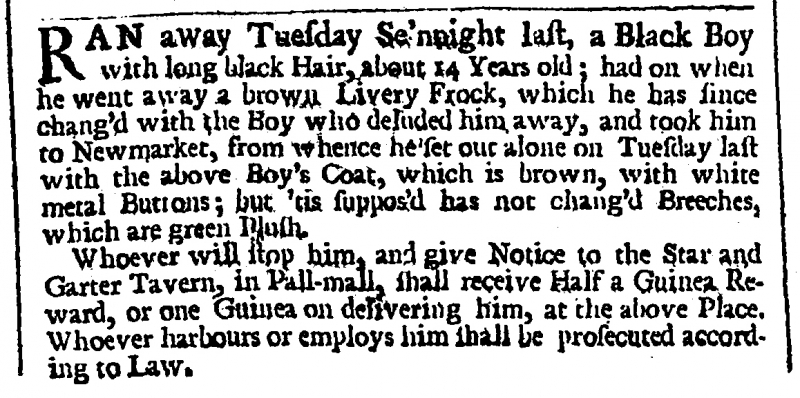
London Evening Post, 18 August 1753 (England)
RAN away on Tuesday Se’nnight last, a Black Boy with long black Hair, about 14 Years old; had on when he went away a brown Livery Frock, which he has since chang’d with the Boy who deluded him away, and took him to Newmarket, from whence he set out alone on Tuesday last with the above Boy’s Coat, which is brown, with white metal Buttons; but ‘tis supposed has not chang’d Breeches, which are green Plush.  Whoever will stop him, and give Notice to the Star and Garter Tavern, in Pall-mall, shall receive Half a Guinea Reward, or one Guinea on delivering him, at the above Place. Whoever harbours or employs him shall be prosecuted according to Law.